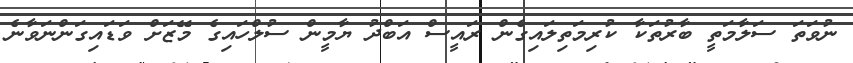
ނުވަތަ ސަލާމަތީ ބާރުތަކާ ކުރިމަތިލައިގެން ރައީސް އަބްދު ޔާމީން ސުލްހައިގެ މޭޒަށް ވަޑައިގަންނަވާނެ